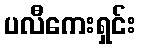
ပလီကေးရှင်း